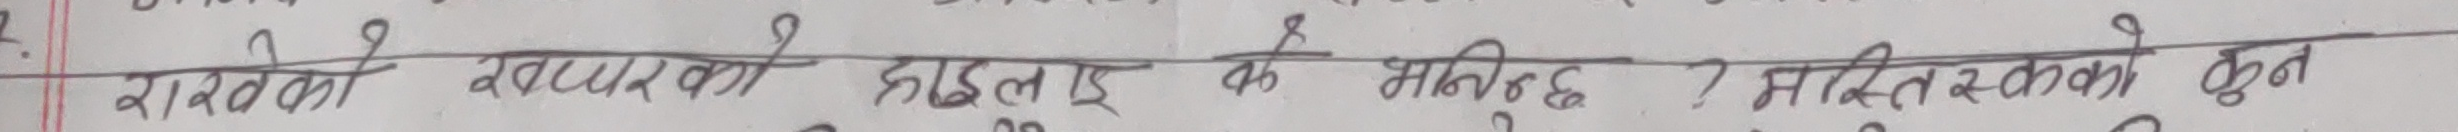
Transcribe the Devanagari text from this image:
रामेछापको सखरमा हाईड्रो छ ? मर्स्याङ्दी कुन